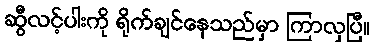
ဆွီလင့်ပါးကို ရိုက်ချင်နေသည်မှာ ကြာလှပြီ။